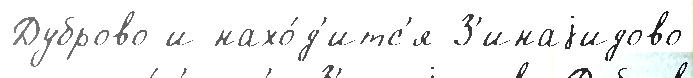
Дуброво и нахо́д'итс'я З'инаjидово